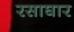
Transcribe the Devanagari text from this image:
रसाघार